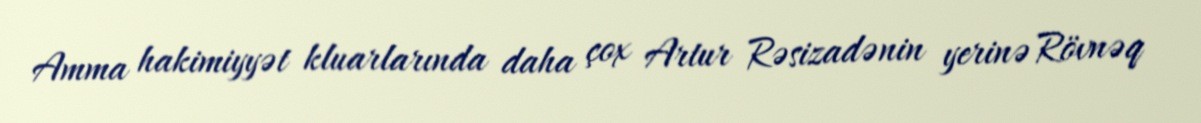
Amma hakimiyyət kluarlarında daha çox Artur Rəsizadənin yerinə Rövnəq